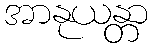
အာနုယန္တာ